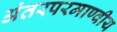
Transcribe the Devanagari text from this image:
अंतरपरमाण्वीय